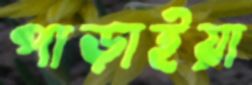
পাড়াইয়া